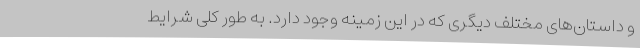
و داستان‌های مختلف دیگری که در این زمینه وجود دارد. به طور کلی شرایط